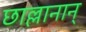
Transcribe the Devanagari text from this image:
छाल्लानान्